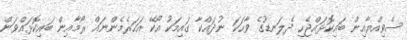
ސެވިއްޔާއިން ބައިކޮޅައްޖެހި ދެލަނޑުގެ ވާހަކަ ނުދައްކާ ގައިމަކު އޯކޭ އަހަރެމެންނައް ރޯމާއިން ބައިކޮޅައްވަން